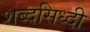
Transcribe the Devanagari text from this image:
शब्दसिध्दी